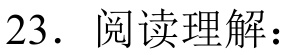
23. 阅读理解：